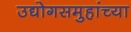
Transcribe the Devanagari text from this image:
उद्योगसमुहांच्या